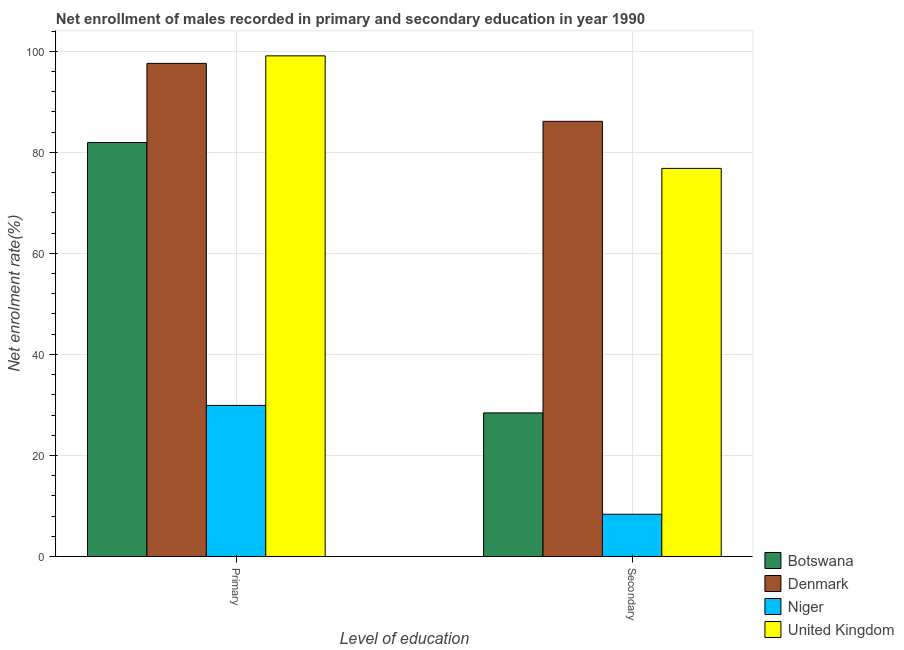
| Level of education | Botswana | Denmark | Niger | United Kingdom |
 | --- | --- | --- | --- | --- |
 | Primary | 81.9 | 97.6 | 29.9 | 99.1 |
 | Secondary | 28.4 | 86.1 | 8.37 | 76.8 |